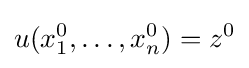
u(x_{1}^{0},\dots ,x_{n}^{0})=z^{0}